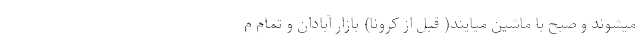
میشوند و صبح با ماشین میایند( قبل از کرونا) بازار آبادان و تمام م